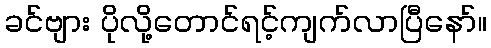
ခင်ဗျား ပိုလို့တောင်ရင့်ကျက်လာပြီနော်။